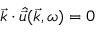
\vec { k } \cdot \hat { \vec { u } } ( \vec { k } , \omega ) = 0